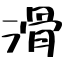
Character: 滑